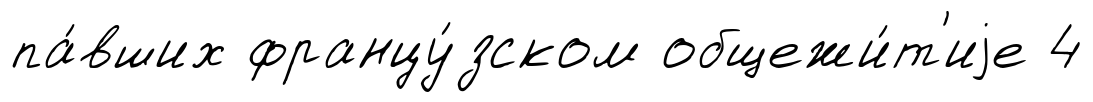
па́вших францу́зском общежи́т'иjе 4